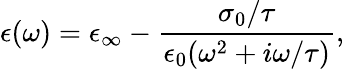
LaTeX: \epsilon(\omega)=\epsilon_{\infty}-\frac{\sigma_{0}/\tau}{\epsilon_{0}(\omega^{2}+i\omega/\tau)},